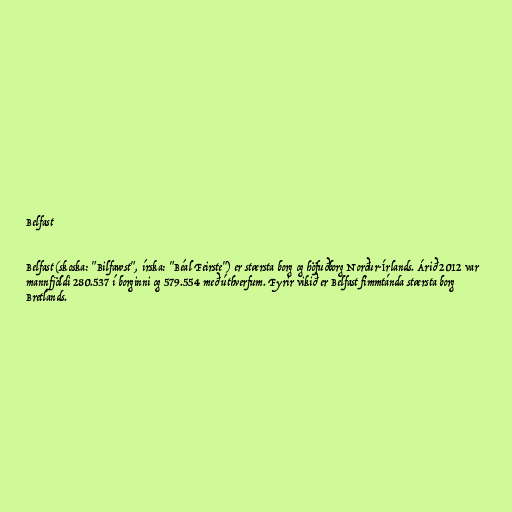
Belfast

Belfast (skoska: "Bilfawst", írska: "Béal Feirste") er stærsta borg og höfuðborg Norður-Írlands. Árið 2012 var
mannfjöldi 280.537 í borginni og 579.554 með úthverfum. Fyrir vikið er Belfast fimmtánda stærsta borg
Bretlands.